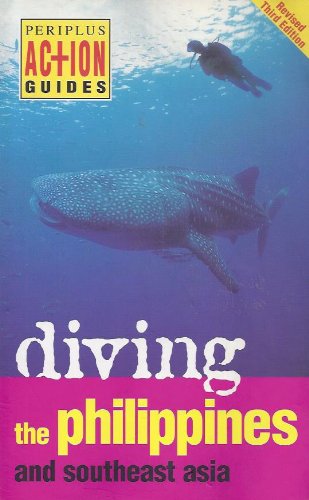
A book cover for Diving Philippines: And Southeast Asia (Periplus Action Guides); David Espinosa; Travel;